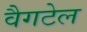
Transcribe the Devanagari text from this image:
वैगटेल